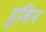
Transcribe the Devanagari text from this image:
हूडिन